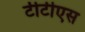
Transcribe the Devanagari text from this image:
टीटीएस